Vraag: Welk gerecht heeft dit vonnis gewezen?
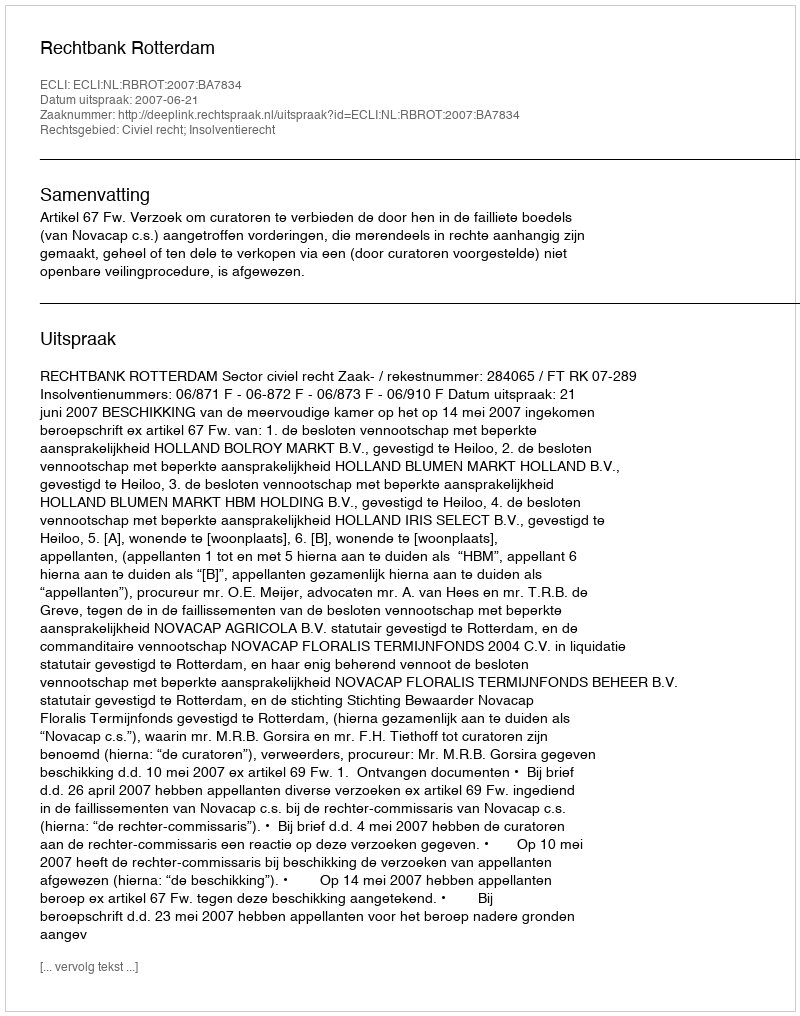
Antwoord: Rechtbank Rotterdam